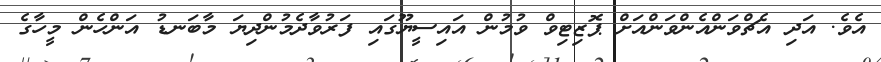
އެވެ. އަދި އެޗްވަންއެންވަންއަށް ޕޮޒިޓިވް ވުމުން އައިސީޔޫގައި ފަރުވާދެމުންދިޔަ މާބަނޑު އަންހެން މީހާގެ